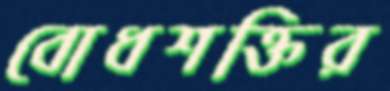
বোধশক্তির